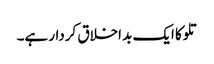
تلوکا ایک بد اخلاق کردار ہے۔